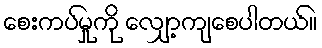
စေးကပ်မှုကို လျှော့ကျစေပါတယ်။